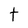
Character: t